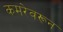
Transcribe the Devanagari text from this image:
कमरेवरून